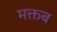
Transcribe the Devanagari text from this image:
मक्तब